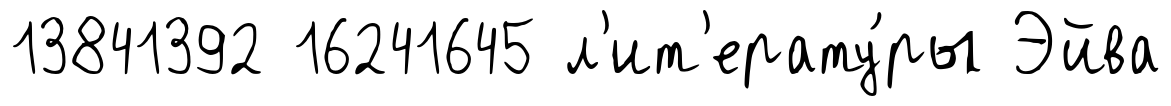
13841392 16241645 л'ит'ерату́ры Эйва